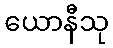
ယောနီသု